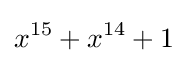
x^{15}+x^{14}+1